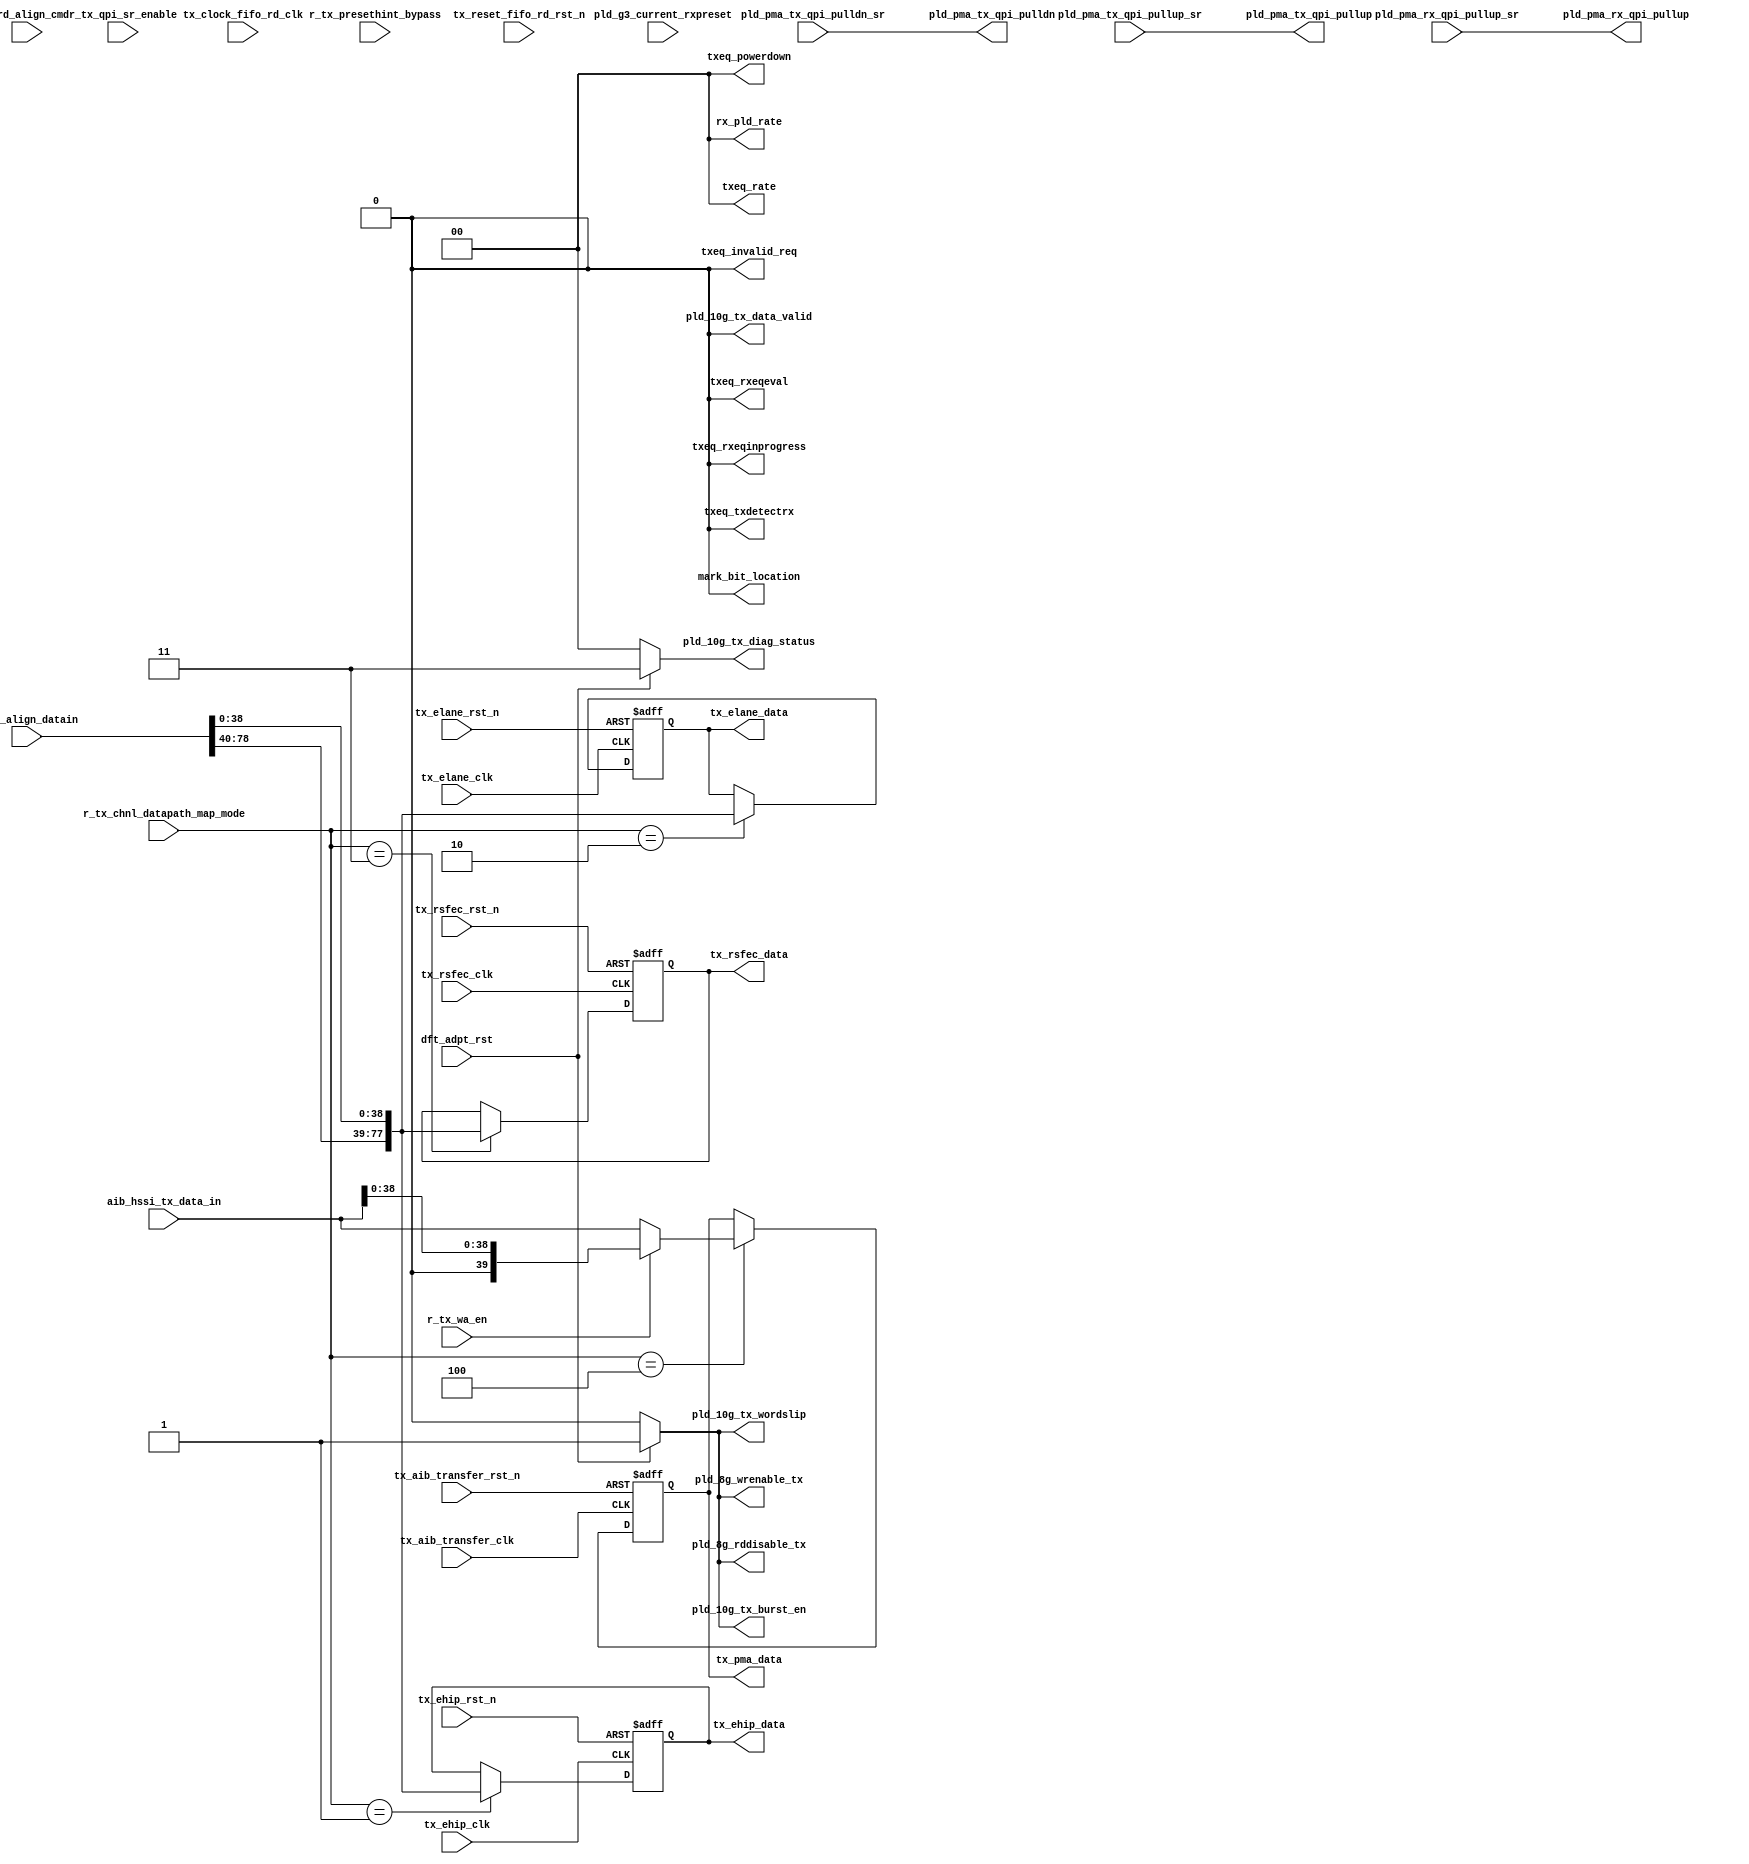
// This program was cloned from: https://github.com/chipsalliance/aib-phy-hardware
// License: Apache License 2.0

// SPDX-License-Identifier: Apache-2.0
// Copyright (C) 2019 Intel Corporation. 
module c3aibadapt_txdp_map (
// DPRIO
//input wire        r_tx_chnl_datapath_map_hip_en,
//input wire        r_tx_chnl_datapath_map_gen12_cap,
//input wire        r_tx_chnl_datapath_map_gen3_cap,
//input wire        r_tx_chnl_datapath_map_pmawidth_less10,
//input wire        r_tx_chnl_datapath_map_10g_mode,
//input wire        r_tx_chnl_datapath_map_pma_direct,
//input wire        r_tx_chnl_datapath_map_fallback_mode,
input wire        r_tx_wa_en,

input wire [39:0] aib_hssi_tx_data_in,
input wire        r_tx_presethint_bypass,

input wire [2:0]  r_tx_chnl_datapath_map_mode,
input wire        r_tx_qpi_sr_enable,

// From TX ASYNC
input wire         pld_pma_tx_qpi_pulldn_sr,
input wire         pld_pma_tx_qpi_pullup_sr,
input wire         pld_pma_rx_qpi_pullup_sr,

// From TxEq
input wire [2:0] pld_g3_current_rxpreset,

// From Word builder
input wire         word_align_cmd,         // Control from word align to indicate word align done.
input wire [79:0]  word_align_datain,      // Data from word align.

// TX Synch Datapath
input wire         tx_ehip_clk,
input wire         tx_elane_clk,
input wire         tx_rsfec_clk,
input wire         tx_aib_transfer_clk,

input wire         tx_ehip_rst_n,
input wire         tx_elane_rst_n,
input wire         tx_rsfec_rst_n,
input wire         tx_aib_transfer_rst_n,

// From TX Clock
input wire         tx_clock_fifo_rd_clk,

// From TX Reset
input wire         tx_reset_fifo_rd_rst_n,

// From DFT
input wire         dft_adpt_rst,

// To ASN
output wire [1:0]  rx_pld_rate,

// To NF HSSI
output wire         pld_10g_tx_data_valid,
output wire         pld_pma_rx_qpi_pullup,
output wire         pld_pma_tx_qpi_pulldn,
output wire         pld_pma_tx_qpi_pullup,
output wire         pld_10g_tx_burst_en,
output wire         pld_10g_tx_wordslip,
output wire  [1:0]  pld_10g_tx_diag_status,
output wire         pld_8g_rddisable_tx,
output wire         pld_8g_wrenable_tx,

// To TxEQ block at RX Channel
output wire         txeq_rxeqeval,    
output wire         txeq_rxeqinprogress,
output wire         txeq_invalid_req,  
output wire         txeq_txdetectrx,  
output wire [1:0]   txeq_rate,       
output wire [1:0]   txeq_powerdown, 

// To EHIP/RSFEC
output reg [77:0]   tx_ehip_data,
output reg [77:0]   tx_elane_data,
output reg [77:0]   tx_rsfec_data,
output reg [39:0]   tx_pma_data,

// To Word-alignment
output wire	    mark_bit_location
);

localparam TX_EHIP_MODE   = 3'b001;
localparam TX_ELANE_MODE  = 3'b010;
localparam TX_RSFEC_MODE  = 3'b011;
localparam TX_PMADIR_MODE = 3'b100;

wire pipe_mode;

reg [2:0] qpi_reset_to_high_reg;
reg [2:0] qpi_reset_to_low_reg;

reg  rx_qpi_pullup, tx_qpi_pulldn, tx_qpi_pullup;
wire pld_pma_rx_qpi_pullup_fifo, pld_pma_tx_qpi_pulldn_fifo, pld_pma_tx_qpi_pullup_fifo;

// Tied off
assign pld_10g_tx_burst_en    = dft_adpt_rst ? 1'b1  : 1'b0;
assign pld_10g_tx_wordslip    = dft_adpt_rst ? 1'b1  : 1'b0;
assign pld_10g_tx_diag_status = dft_adpt_rst ? 2'b11 : 2'b00;
assign pld_8g_rddisable_tx    = dft_adpt_rst ? 1'b1  : 1'b0;
assign pld_8g_wrenable_tx     = dft_adpt_rst ? 1'b1  : 1'b0;

// Unpack
always @(posedge tx_ehip_clk or negedge tx_ehip_rst_n) begin
   if (!tx_ehip_rst_n) tx_ehip_data <= {78{1'b0}};
   else begin
     if (r_tx_chnl_datapath_map_mode == TX_EHIP_MODE)
       tx_ehip_data <= {word_align_datain[78:40], word_align_datain[38:0]};
     else 
       tx_ehip_data <= tx_ehip_data;
   end
end

always @(posedge tx_elane_clk or negedge tx_elane_rst_n) begin
   if (!tx_elane_rst_n) tx_elane_data <= {78{1'b0}};
   else begin
     if (r_tx_chnl_datapath_map_mode == TX_ELANE_MODE)
       tx_elane_data <= {word_align_datain[78:40], word_align_datain[38:0]};
     else 
       tx_elane_data <= tx_elane_data;
   end
end

always @(posedge tx_rsfec_clk or negedge tx_rsfec_rst_n) begin
   if (!tx_rsfec_rst_n) tx_rsfec_data <= {78{1'b0}};
   else begin
     if (r_tx_chnl_datapath_map_mode == TX_RSFEC_MODE)
       tx_rsfec_data <= {word_align_datain[78:40], word_align_datain[38:0]};
     else 
       tx_rsfec_data <= tx_rsfec_data;
   end
end

always @(posedge tx_aib_transfer_clk or negedge tx_aib_transfer_rst_n) begin
   if (!tx_aib_transfer_rst_n) tx_pma_data <= {40{1'b0}};
   else begin
     if (r_tx_chnl_datapath_map_mode == TX_PMADIR_MODE)
       tx_pma_data <= r_tx_wa_en ? {1'b0, aib_hssi_tx_data_in[38:0]} : aib_hssi_tx_data_in;
     else 
       tx_pma_data <= tx_pma_data;
   end
end

assign rx_pld_rate[1:0]  = 2'b00;

// assign pipe_mode  = ((r_tx_chnl_datapath_map_mode == 5'b0_1101) || (r_tx_chnl_datapath_map_mode == 5'b0_1110));
assign pipe_mode  = 1'b0;

// overwrite pld_g3_current_rxpreset from TxEq
// bypass from PLD
// wire [2:0] pld_g3_current_rxpreset_i = (r_tx_chnl_datapath_map_mode == 5'b0_1110) ? (r_tx_presethint_bypass ? pld_g3_current_rxpreset[2:0] : word_align_datain[60:58])
// 									: 3'b000;
assign txeq_rxeqeval          = 1'b0;
assign txeq_rxeqinprogress    = 1'b0;
assign txeq_invalid_req       = 1'b0;
assign txeq_txdetectrx        = 1'b0;
assign txeq_rate              = 2'b00;
assign txeq_powerdown         = 2'b00;


// To fix issue in FB 291184 assign pld_10g_tx_data_valid = dft_adpt_rst ? 1'b1   : (r_tx_chnl_datapath_map_mode == 5'b0_0111) ?  word_align_datain[36] : 1'b0;
// To fix issue in FB 291184 assign pld_10g_tx_data_valid = dft_adpt_rst ? 1'b1   : word_align_datain[36];
// In mode 9, 10, 11, 12, force 10g_tx_data_valid to 1
// assign pld_10g_tx_data_valid = dft_adpt_rst || (r_tx_chnl_datapath_map_mode == 5'b0_1000 || r_tx_chnl_datapath_map_mode == 5'b0_1001 || r_tx_chnl_datapath_map_mode == 5'b0_1010 || r_tx_chnl_datapath_map_mode == 5'b0_1011) ? 1'b1   : word_align_datain[36];
assign pld_10g_tx_data_valid = 1'b0;

assign pld_pma_rx_qpi_pullup = pld_pma_rx_qpi_pullup_sr; 
assign pld_pma_tx_qpi_pulldn = pld_pma_tx_qpi_pulldn_sr;
assign pld_pma_tx_qpi_pullup = pld_pma_tx_qpi_pullup_sr;

// In mode 4, 5 ,12 2x1x, marking bit is at location 19
// assign mark_bit_location = (r_tx_chnl_datapath_map_mode == 5'b0_0011 || r_tx_chnl_datapath_map_mode == 5'b0_0100 || r_tx_chnl_datapath_map_mode == 5'b0_1011);
assign mark_bit_location = 1'b0;

endmodule